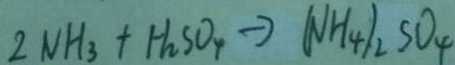
2 N H _ { 3 } + H _ { 2 } S O _ { 4 } \rightarrow ( N H _ { 4 } ) _ { 2 } S O _ { 4 }